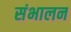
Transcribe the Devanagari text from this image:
संभालन